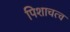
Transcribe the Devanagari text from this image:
पिशाचत्व